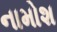
નામોશ